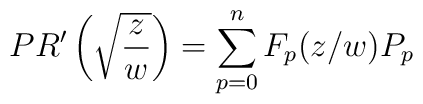
PR'\left(\sqrt{z\over w}\right) =\sum\limits_{p=0}^{n}F_p(z/w)P_{p}